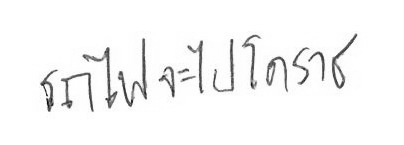
รถไฟจะไปโคราช